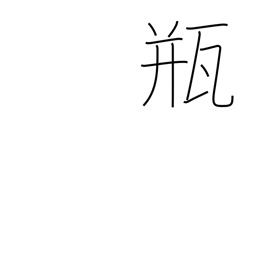
Meaning: vial